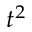
t ^ { 2 }